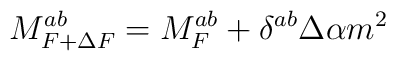
M_{F+\Delta F}^{ab}=M_F^{ab}+\delta ^{ab}\Delta \alpha m^2